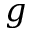
g